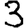
Digit: 3